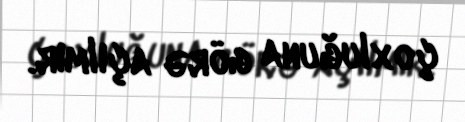
çoxluğuna görə açılmır.